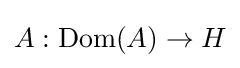
A:\operatorname {Dom} (A)\to H